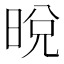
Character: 𣇋